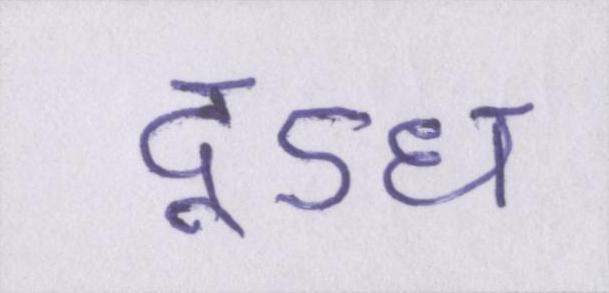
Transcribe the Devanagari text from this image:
दूऽध